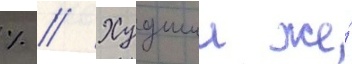
% // Худшии же́